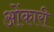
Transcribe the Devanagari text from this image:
ओंकारी